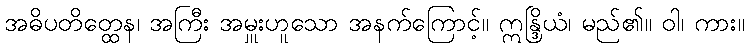
အဓိပတိတ္ထေန၊ အကြီး အမှူးဟူသော အနက်ကြောင့်။ ဣန္ဒြိယံ၊ မည်၏။ ဝါ၊ ကား။